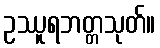
ဥဿူရဘတ္တသုတ်။